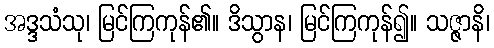
အဒ္ဒသံသု၊ မြင်ကြကုန်၏။ ဒိသွာန၊ မြင်ကြကုန်၍။ သဇ္ဇာနိ၊